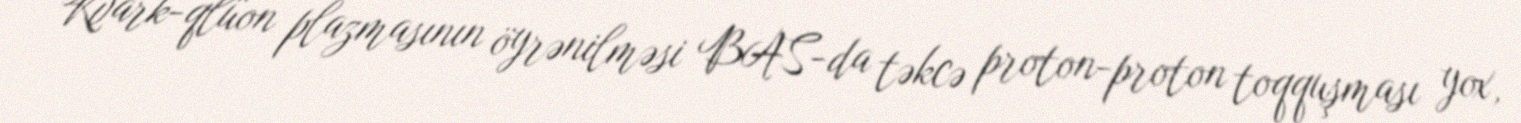
Kvark-qlüon plazmasının öyrənilməsi BAS-da təkcə proton-proton toqquşması yox,